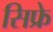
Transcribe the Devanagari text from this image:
सिफ्रे